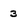
Character: 3